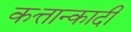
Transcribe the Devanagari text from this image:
कत्तान्कादी